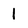
Character: 1